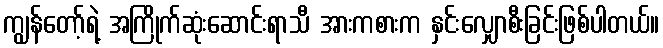
ကျွန်တော့်ရဲ့ အကြိုက်ဆုံးဆောင်းရာသီ အားကစားက နှင်းလျှောစီးခြင်းဖြစ်ပါတယ်။